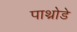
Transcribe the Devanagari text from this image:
पाथ्रोडे